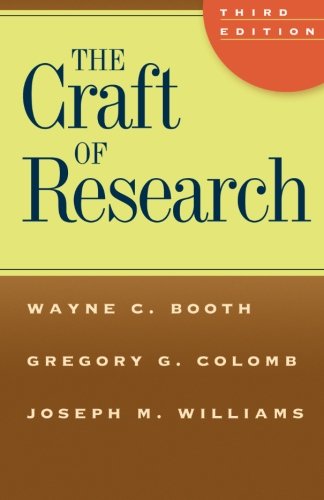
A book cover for The Craft of Research, Third Edition (Chicago Guides to Writing, Editing, and Publishing); Wayne C. Booth; Science & Math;